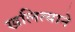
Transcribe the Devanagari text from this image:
खलित्याने